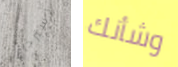
استرجاع وشأنك